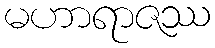
မဟာရာဇဿ